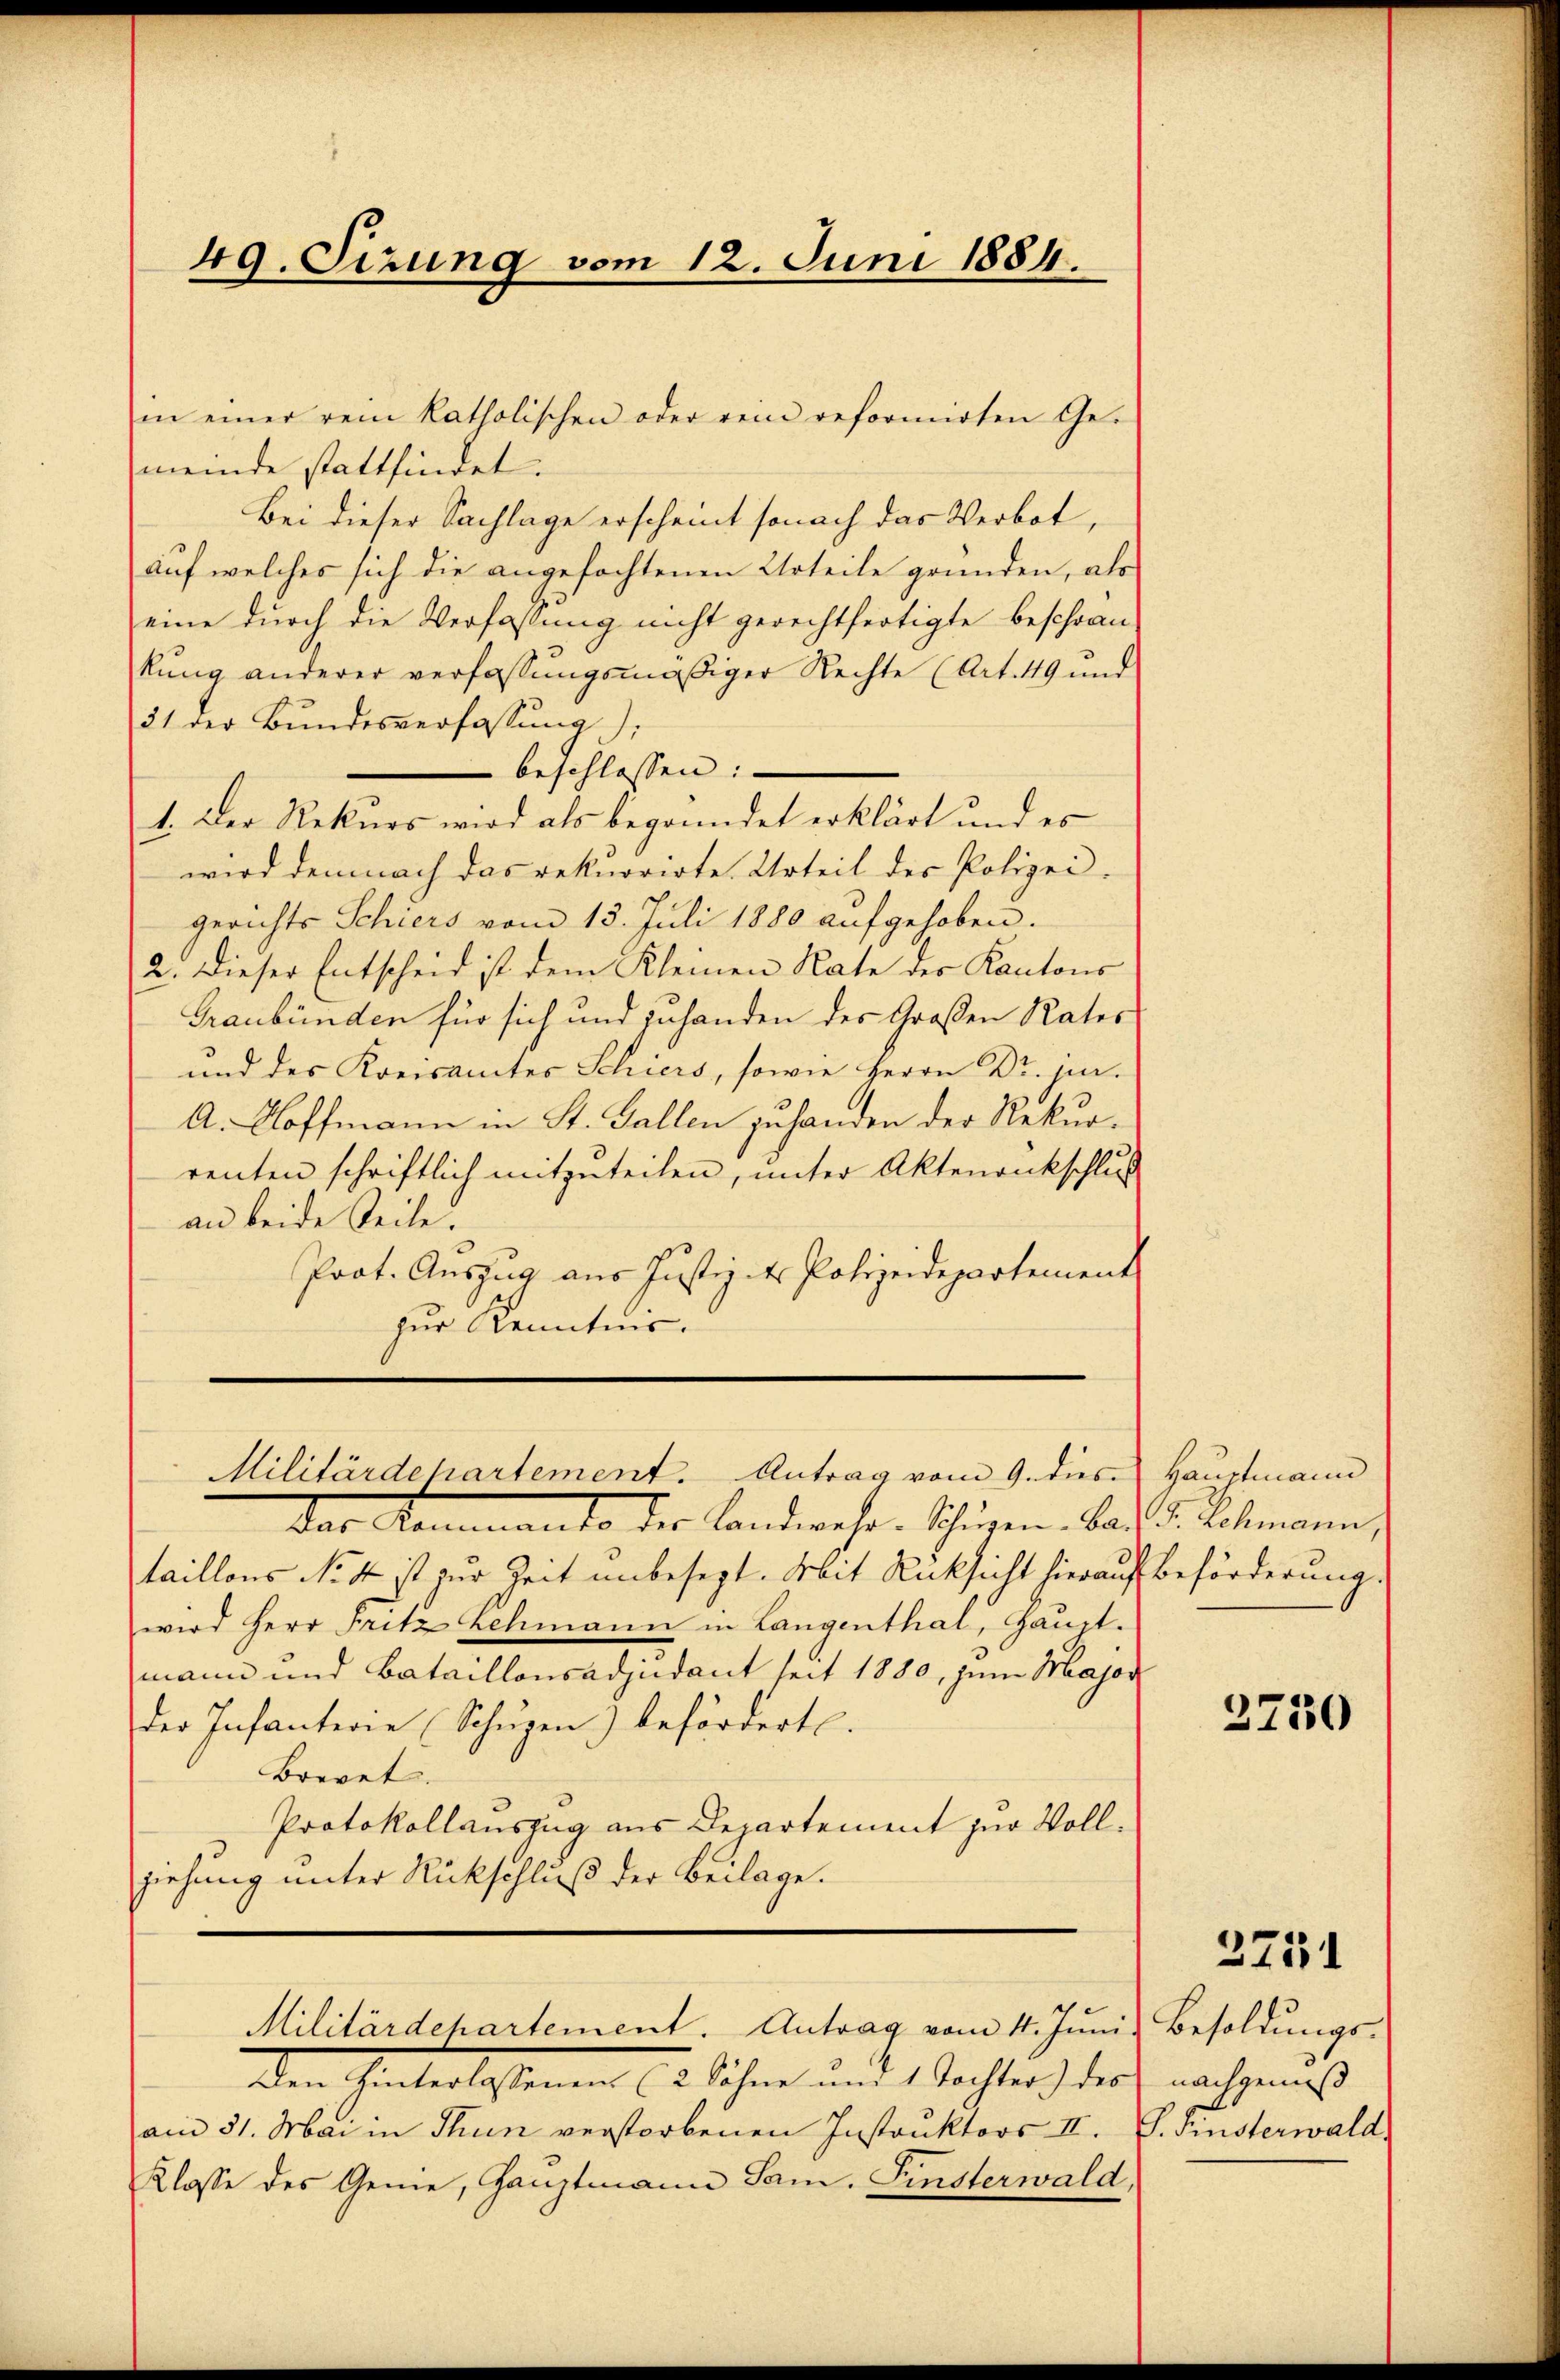
49. Sizung vom 12. Juni 1884.

in einer rein katholischen oder rein reformirten Ge-
meinde stattfindet.
Bei dieser Sachlage erscheint sonach das Verbot,
auf welches sich die angefochtenen Urteile gründen, als
eine durch die Verfassung nicht gerechtfertigte beschrän-
kung anderer verfassungsmäßiger Rechte (Art. 49 und
31 der Bundesverfassung),
beschlossen:
1. Der Rekurs wird als begründet erklärt und es
wird demnach das rekurrirte Urteil des Polizei-
gerichts Schiers vom 13. Juli 1880 aufgehoben.
2. Dieser Entscheid ist dem Kleinen Rate der Kantons
Graubünden für sich und zuhanden der Großen Rates
und des Kreisamtes Schiers, sowie Herrn Dr. jur.
A. Hoffmann in St. Gallen zuhanden der Rekurrenten schriftlich mitzŭteilen, unter Aktenankschluß
an beide Teile.
Prat. Auszug aus Justiz - Polizeidepartement
zur Kenntnis.

Militärdepartement. Antrag vom 9. dies

Das Semmento der Landwehr. Schügen. Bad
taillons No 4 ist zur Zeit unbesezt. Mit Rücksicht hierauf
wird Herr Fritz Schmann in Langenthal, Haupt.
mann und Bataillonsadjudant seit 1880, zum Major
der Infanterie Schüzen) beförderte.
Brevet.
Protokollauszug aus Departement zur Vollziehung unter Rückschluß der Beilage.

Militärdepartement. Antrag vom 4. Juni. Besoldŭngs-

den Unterlassenen 12. Sehne und 1. Tochter) der nachgemeß
am 31. Mai in Thun verstorbenen Instruktors II. S. Finsterwald
Klasse des Genie, Hauptmann Sam. Finsterwald,

Hauptmann
15. Schmann,
Beförderung.

3750

2751